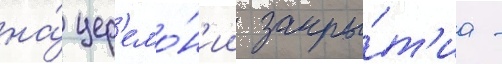
на́ цер'емо́н'ии закры́т'иа -